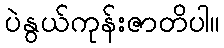
ပဲနွယ်ကုန်းဇာတိပါ။